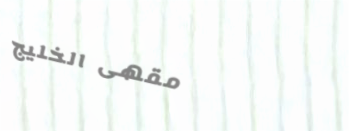
مقهى الخليج